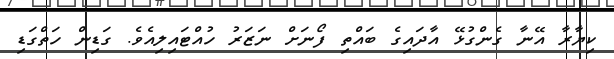
ކިޔާރާ އޭނާ ގެންގުޅޭ އާދައިގެ ބައްތި ފޯނަށް ނަޒަރު ހުއްޓައިލިއެވެ. ގަޑިން ހަތްގަޑި